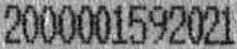
2000001592021